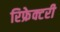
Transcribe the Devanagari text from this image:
रिफ्रेक्टरी